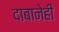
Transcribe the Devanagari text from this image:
दाबानेही